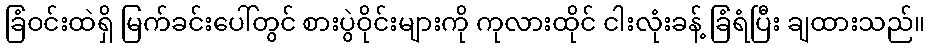
ခြံဝင်းထဲရှိ မြက်ခင်းပေါ်တွင် စားပွဲဝိုင်းများကို ကုလားထိုင် ငါးလုံးခန့် ခြံရံပြီး ချထားသည်။